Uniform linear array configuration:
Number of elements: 4
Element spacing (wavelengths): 0.75
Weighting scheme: binomial
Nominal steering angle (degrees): -60
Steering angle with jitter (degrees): -58.894
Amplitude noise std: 0.05
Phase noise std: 0.05

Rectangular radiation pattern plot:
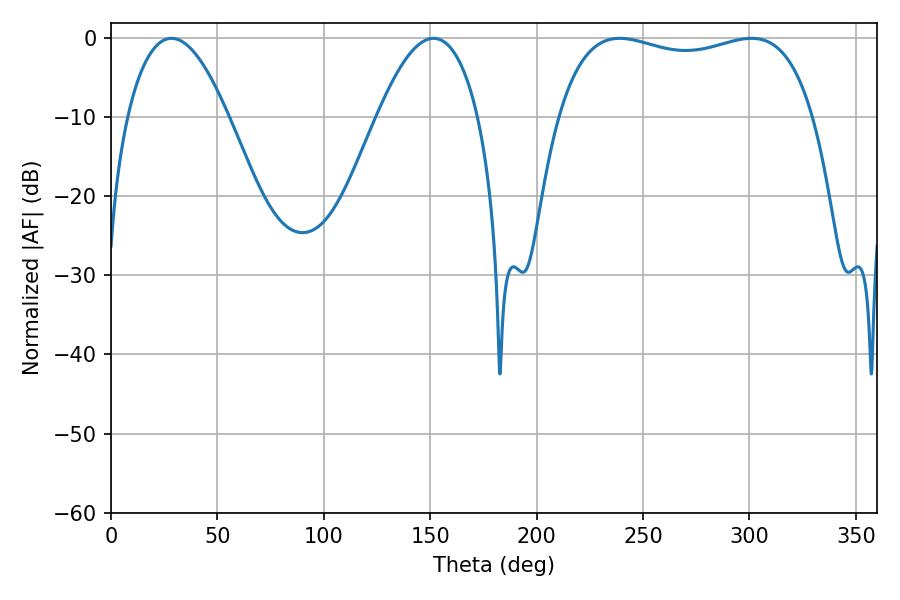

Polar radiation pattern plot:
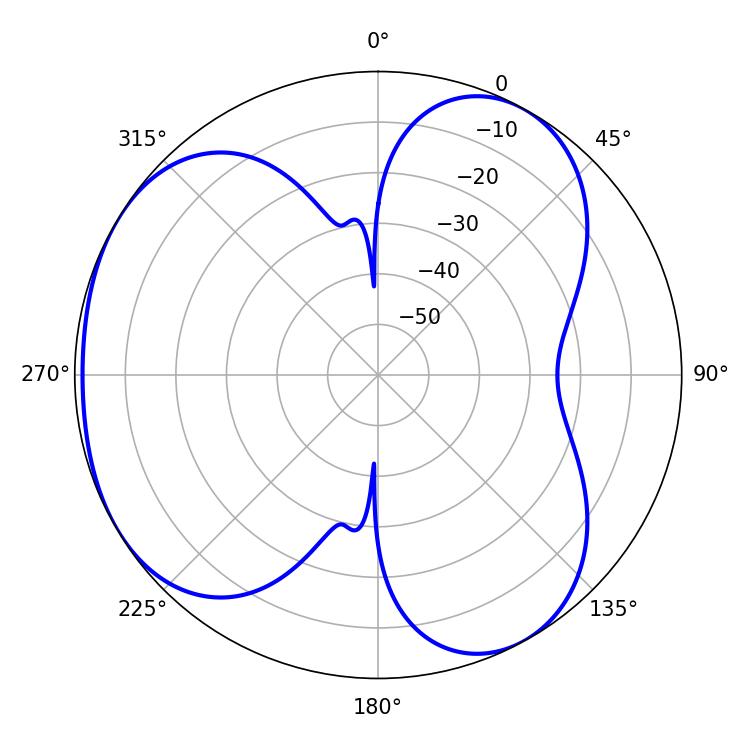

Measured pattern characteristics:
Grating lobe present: TRUE
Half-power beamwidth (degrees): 97.56
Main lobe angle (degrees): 239.04